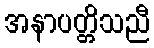
အနာပတ္တိသညီ